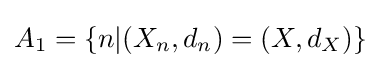
A_{1}=\{n|(X_{n},d_{n})=(X,d_{X})\}